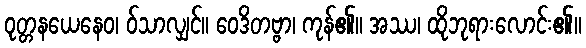
ဝုတ္တနယေနေဝ၊ ဝ်သာလျှင်။ ဝေဒိတဗ္ဗာ၊ ကုန်၏။ အဿ၊ ထိုဘုရားလောင်း၏။